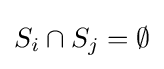
S_{i}\cap S_{j}=\emptyset